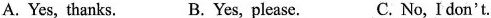
A. Yes,thanks. B. Yes,please. C. No,I don't.